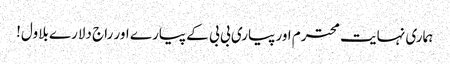
ہماری نہایت محترم اور پیاری بی بی کے پیارے اور راج دلارے بلاول!